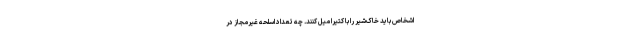
اشخاص باید خاک‌شیر را با کتیرا میل کنند. چه تعداد اسلحه غیرمجاز در